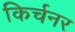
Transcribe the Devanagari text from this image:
किर्चनर